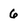
Character: 6